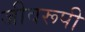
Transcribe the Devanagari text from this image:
जीवरूपी